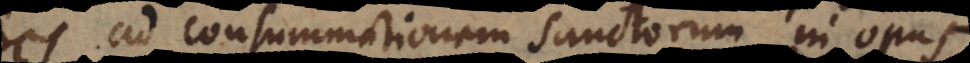
ad consummationem sanctorum in opus